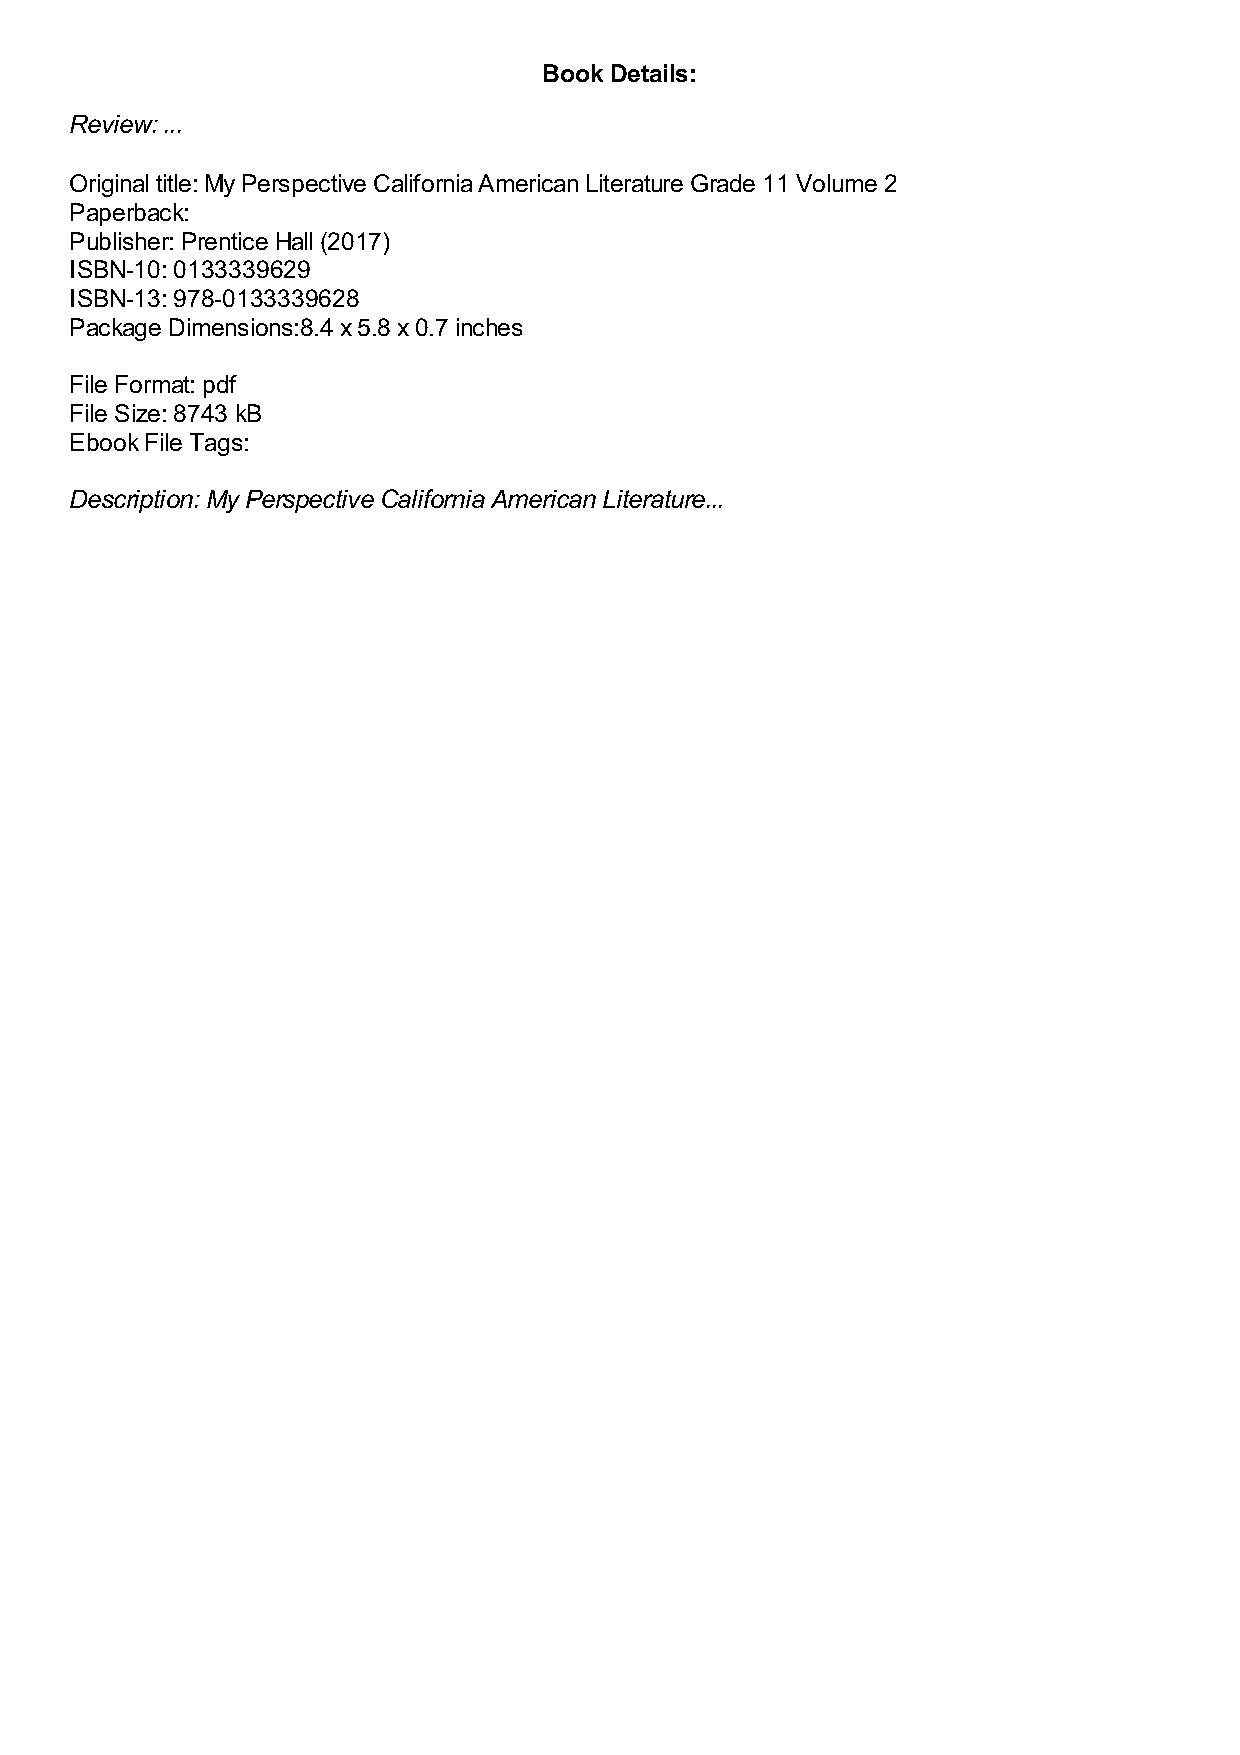
Book Details:
 Review: ...
 Original title: My Perspective California American Literature Grade 11 Volume 2
 Paperback:
 Publisher: Prentice Hall (2017)
 ISBN-10: 0133339629
 ISBN-13: 978-0133339628
 Package Dimensions:8.4 x 5.8 x 0.7 inches
 File Format: pdf
 File Size: 8743 kB
 Ebook File Tags:
 Description: My Perspective California American Literature...